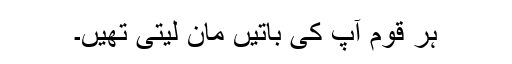
ہر قوم آپ کی باتیں مان لیتی تھیں۔